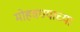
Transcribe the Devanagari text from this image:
मोहवण्याच्या